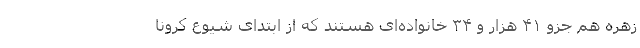
زهره هم جزو ۴۱ هزار و ۳۴ خانواده‌ای هستند که از ابتدای شیوع کرونا